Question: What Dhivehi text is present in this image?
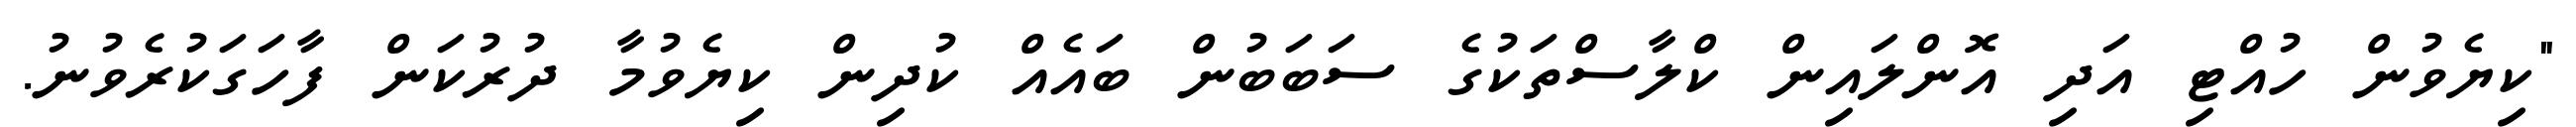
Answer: "ކިޔެވުން ހުއްޓި އަދި އޮންލައިން ކްލާސްތަކުގެ ސަބަބުން ބައެއް ކުދިން ކިޔެވުމާ ދުރުކަން ފާހަގަކުރެވުނު.